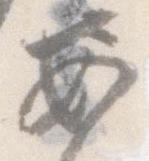
あ